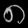
Digit: ၈